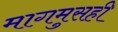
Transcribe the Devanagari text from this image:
मागमुसही